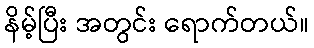
နိမ့်ပြီး အတွင်း ရောက်တယ်။